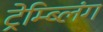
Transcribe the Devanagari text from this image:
ट्रेम्ब्लिंग